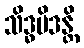
သိဒ္ဓမိဒန္တိ